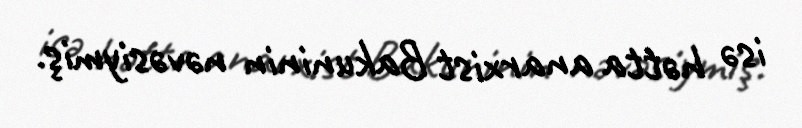
isə hətta anarxist Bakuninin nəvəsiymiş.